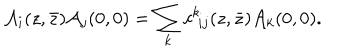
{ \cal A } _ { i } ( z , \bar { z } ) { \cal A } _ { j } ( 0 , 0 ) = \sum _ { k } c ^ { k } \! _ { i j } ( z , \bar { z } ) { \cal A } _ { k } ( 0 , 0 ) .